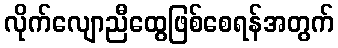
လိုက်လျောညီထွေဖြစ်စေရန်အတွက်